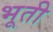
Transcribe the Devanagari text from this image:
भूती